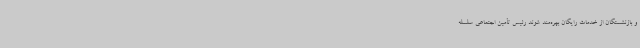
و بازنشستگان از خدمات رایگان بهره‌مند شوند رئیس تأمین اجتماعی سلسله